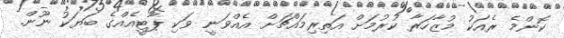
ކޮންމެ ރެއަކު މުޒާހަރާ ކުރުމަށް އަތިރިިމައްޗަށް އެއްވަނީ ވަކި ޕާޓީއެއްގެ ބަޔަކު ނޫން.